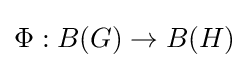
\Phi :B(G)\to B(H)